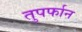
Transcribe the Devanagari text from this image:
तुपर्फान